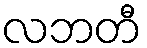
လဘတီ